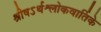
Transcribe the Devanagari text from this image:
श्रीषऽर्थश्लोकवार्तिके